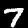
Label: 7